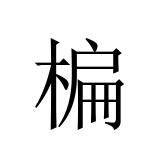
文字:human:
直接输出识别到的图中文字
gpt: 楄